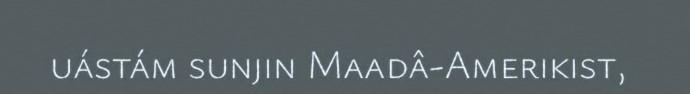
uástám sunjin Maadâ-Amerikist,